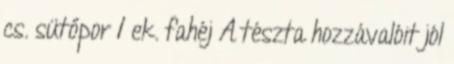
cs. sütőpor 1 ek. fahéj A tészta hozzávalóit jól